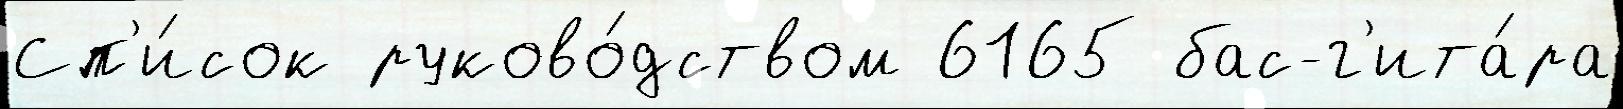
Сп'и́сок руково́дством 6165 бас-г'ита́ра